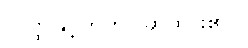
(ဝတ္ထုနှင့်တကွပြဆိုထား၏။)